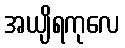
အယျိရကုလေ